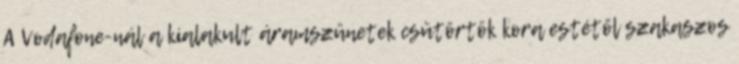
A Vodafone-nál a kialakult áramszünetek csütörtök kora estétől szakaszos